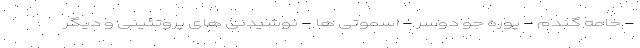
- خامه گندم - پوره جو دوسر - اسموتی ها - نوشیدنی های پروتئینی و دیگر